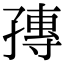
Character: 𡦕